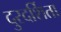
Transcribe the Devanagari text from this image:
दुरदर्शिता